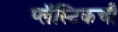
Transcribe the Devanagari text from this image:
प्लॅस्टिकची